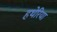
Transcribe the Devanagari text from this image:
हथेरिया